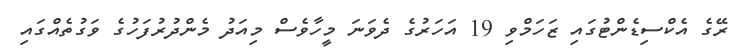
ރޭގެ އެކްސިޑެންޓުގައި ޒަހަމްވި 19 އަހަރުގެ ދެވަނަ މީހާވެސް މިއަދު މެންދުރުފަހުގެ ވަގުތެއްގައި